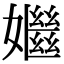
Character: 𡣦